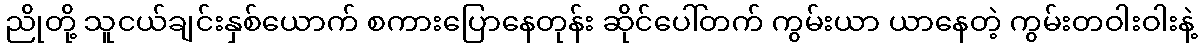
ညိုတို့ သူငယ်ချင်းနှစ်ယောက် စကားပြောနေတုန်း ဆိုင်ပေါ်တက် ကွမ်းယာ ယာနေတဲ့ ကွမ်းတဝါးဝါးနဲ့